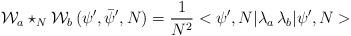
LaTeX: \begin{align*}{\cal W}_a \star_N {\cal W}_b \,(\psi ',\bar{\psi} ',N) = \frac{1}{N^2} <\psi ', N| \lambda_a \,\lambda_b | \psi ', N>\end{align*}